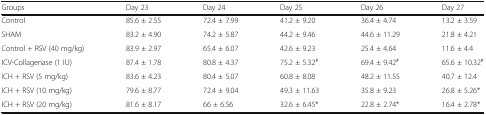
<table><thead><tr><td><b>Groups</b></td><td><b>Day 23</b></td><td><b>Day 24</b></td><td><b>Day 25</b></td><td><b>Day 26</b></td><td><b>Day 27</b></td></tr></thead><tbody><tr><td>Control</td><td>85.6 ± 2.55</td><td>72.4 ± 7.99</td><td>41.2 ± 9.20</td><td>36.4 ± 4.74</td><td>13.2 ± 3.59</td></tr><tr><td>SHAM</td><td>83.2 ± 4.90</td><td>74.2 ± 5.87</td><td>44.2 ± 9.46</td><td>44.6 ± 11.29</td><td>21.8 ± 4.21</td></tr><tr><td>Control + RSV (40 mg/kg)</td><td>83.9 ± 2.97</td><td>65.4 ± 6.07</td><td>42.6 ± 9.23</td><td>25.4 ± 4.64</td><td>11.6 ± 4.4</td></tr><tr><td>ICV-Collagenase (1 IU)</td><td>87.4 ± 1.78</td><td>80.8 ± 4.37</td><td>75.2 ± 5.32<sup>#</sup></td><td>69.4 ± 9.42<sup>#</sup></td><td>65.6 ± 10.32<sup>#</sup></td></tr><tr><td>ICH + RSV (5 mg/kg)</td><td>83.6 ± 4.23</td><td>80.4 ± 5.07</td><td>60.8 ± 8.08</td><td>48.2 ± 11.55</td><td>40.7 ± 12.4</td></tr><tr><td>ICH + RSV (10 mg/kg)</td><td>79.6 ± 8.77</td><td>72.4 ± 9.04</td><td>49.3 ± 11.63</td><td>35.8 ± 9.23</td><td>26.8 ± 5.26*</td></tr><tr><td>ICH + RSV (20 mg/kg)</td><td>81.6 ± 8.17</td><td>66 ± 6.56</td><td>32.6 ± 6.45*</td><td>22.8 ± 2.74*</td><td>16.4 ± 2.78*</td></tr></tbody></table>